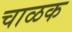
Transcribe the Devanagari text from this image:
चाळक